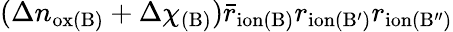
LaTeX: (\Delta n_{\mathrm{ox(B)}}+\Delta\chi_{\mathrm{(B)}})\bar{r}_{\mathrm{ion(B)}}r_{\mathrm{ion(B^{\prime})}}r_{\mathrm{ion(B^{\prime\prime})}}